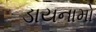
ડાયનામો